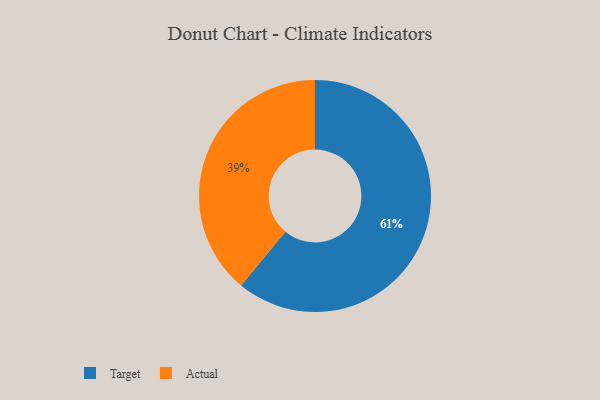
{"axis": {"x": "Category", "y": "Percentage"}, "legend": ["Actual", "Target"], "data": [{"x": "Actual", "y": 39, "type": "Actual"}, {"x": "Target", "y": 61, "type": "Target"}]}